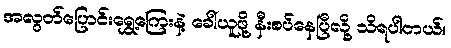
အလွတ်ပြောင်းရွှေ့ကြေးနဲ့ ခေါ်ယူဖို့ နီးစပ်နေပြီလို့ သိရပါတယ်။